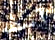
آسف